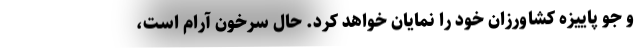
و جو پاييزه كشاورزان خود را نمايان خواهد كرد. حال سرخون آرام است،